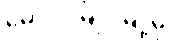
မော်လမြိုင်မြို့မှ